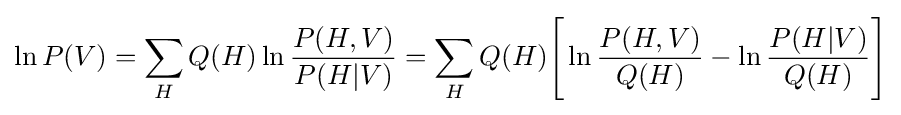
\ln P(V)=\sum _{H}Q(H)\ln {\frac {P(H,V)}{P(H|V)}}=\sum _{H}Q(H){\Bigg [}\ln {\frac {P(H,V)}{Q(H)}}-\ln {\frac {P(H|V)}{Q(H)}}{\Bigg ]}